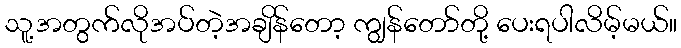
သူ့အတွက်လိုအပ်တဲ့အချိန်တော့ ကျွန်တော်တို့ ပေးရပါလိမ့်မယ်။